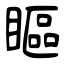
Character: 瞘